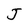
Character: J